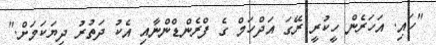
"ހައި. އަހަރެން ހީކުރީ ރޭގަ އަދްހަމް ގެ ފްރެންޑްންނާއި އެކު ދަތުރު ދިޔަކަމަށް."